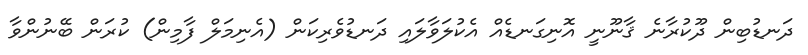
ދަނޑުބިން ދޫކުރާނެ ޤާނޫނީ އޮނިގަނޑެއް އެކުލަވާލައި ދަނޑުވެރިކަން (އެނިމަލް ފާމިން) ކުރަން ބޭނުންވާ